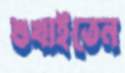
শুখাইতেন